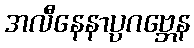
အလီနေနာပ္ပဂဗ္ဘေန